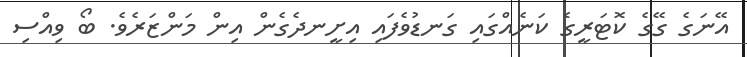
އޭނަގެ ގޭގެ ކޮޓަރީގެ ކަނެއްގައި ގަނޑުވެފައި އިށީނދެގެން އިން މަންޒަރެވެ. ބޯ ވިއްސި